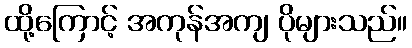
ထို့ကြောင့် အကုန်အကျ ပိုများသည်။